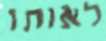
לאותו